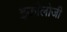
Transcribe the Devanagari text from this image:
इकौलोजी